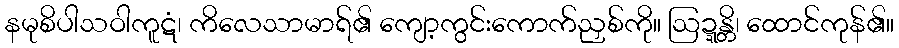
နမုစိပါသဝါကူဋံ၊ ကိလေသာမာရ်၏ ကျော့ကွင်းကောက်ညှစ်ကို။ ဩဍ္ဍန္တိ၊ ထောင်ကုန်၏။